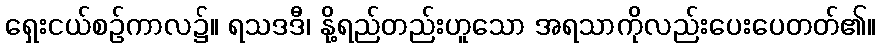
ရှေးငယ်စဉ်ကာလ၌။ ရသဒဒီ၊ နို့ရည်တည်းဟူသော အရသာကိုလည်းပေးပေတတ်၏။